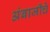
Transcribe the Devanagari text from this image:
अंबाजीचे